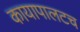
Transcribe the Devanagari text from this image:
कायापालटच